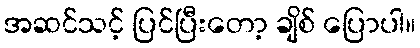
အဆင်သင့် ပြင်ပြီးတော့ ချိစ် ပြောပါ။